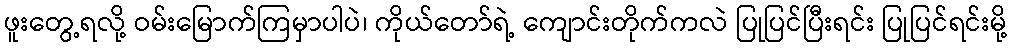
ဖူးတွေ့ရလို့ ဝမ်းမြောက်ကြမှာပါပဲ၊ ကိုယ်တော်ရဲ့ ကျောင်းတိုက်ကလဲ ပြုပြင်ပြီးရင်း ပြုပြင်ရင်းမို့